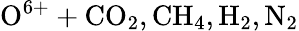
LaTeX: \mathrm{O^{6+}+CO_{2},CH_{4},H_{2},N_{2}}